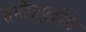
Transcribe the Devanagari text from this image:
संभोगापुर्वीच